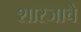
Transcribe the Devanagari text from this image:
शारजाचे